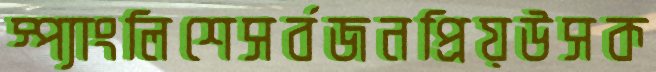
স্প্যাংলিশেসর্বজনপ্রিয়উসক